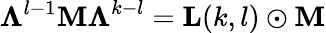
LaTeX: \mathbf{\Lambda}^{l-1}\mathbf{M\Lambda}^{k-l}=\mathbf{L}(k,l)\odot\mathbf{M}